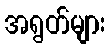
အရွတ်များ